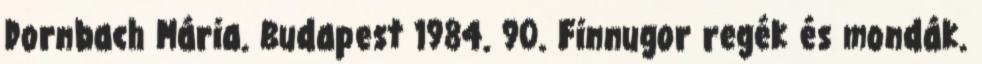
Dornbach Mária. Budapest 1984. 90. Finnugor regék és mondák.